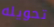
تحويله